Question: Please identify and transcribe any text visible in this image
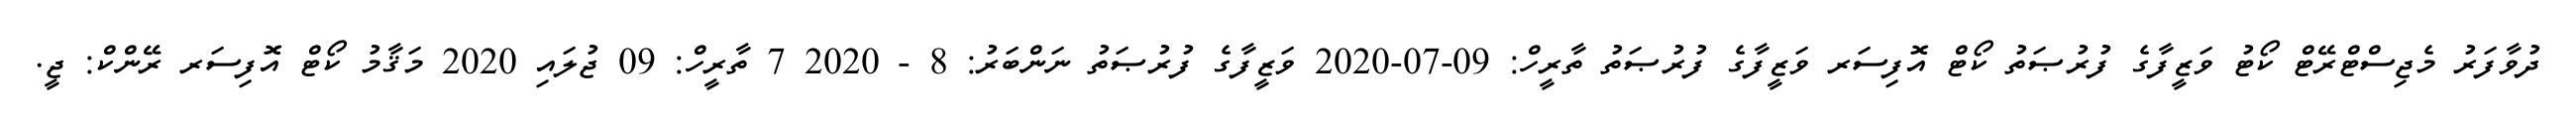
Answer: ދުވާފަރު މެޖިސްޓްރޭޓް ކޯޓު ވަޒީފާގެ ފުރުޞަތު ކޯޓް އޮފިސަރ ވަޒީފާގެ ފުރުޞަތު ތާރީހް: 09-07-2020 ވަޒީފާގެ ފުރުޞަތު ނަންބަރު: 8 - 2020 7 ތާރީހް: 09 ޖުލައި 2020 މަޤާމު ކޯޓް އޮފިސަރ ރޭންކް: ޖީ.